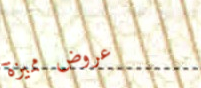
عروض مميزة